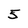
Character: 5